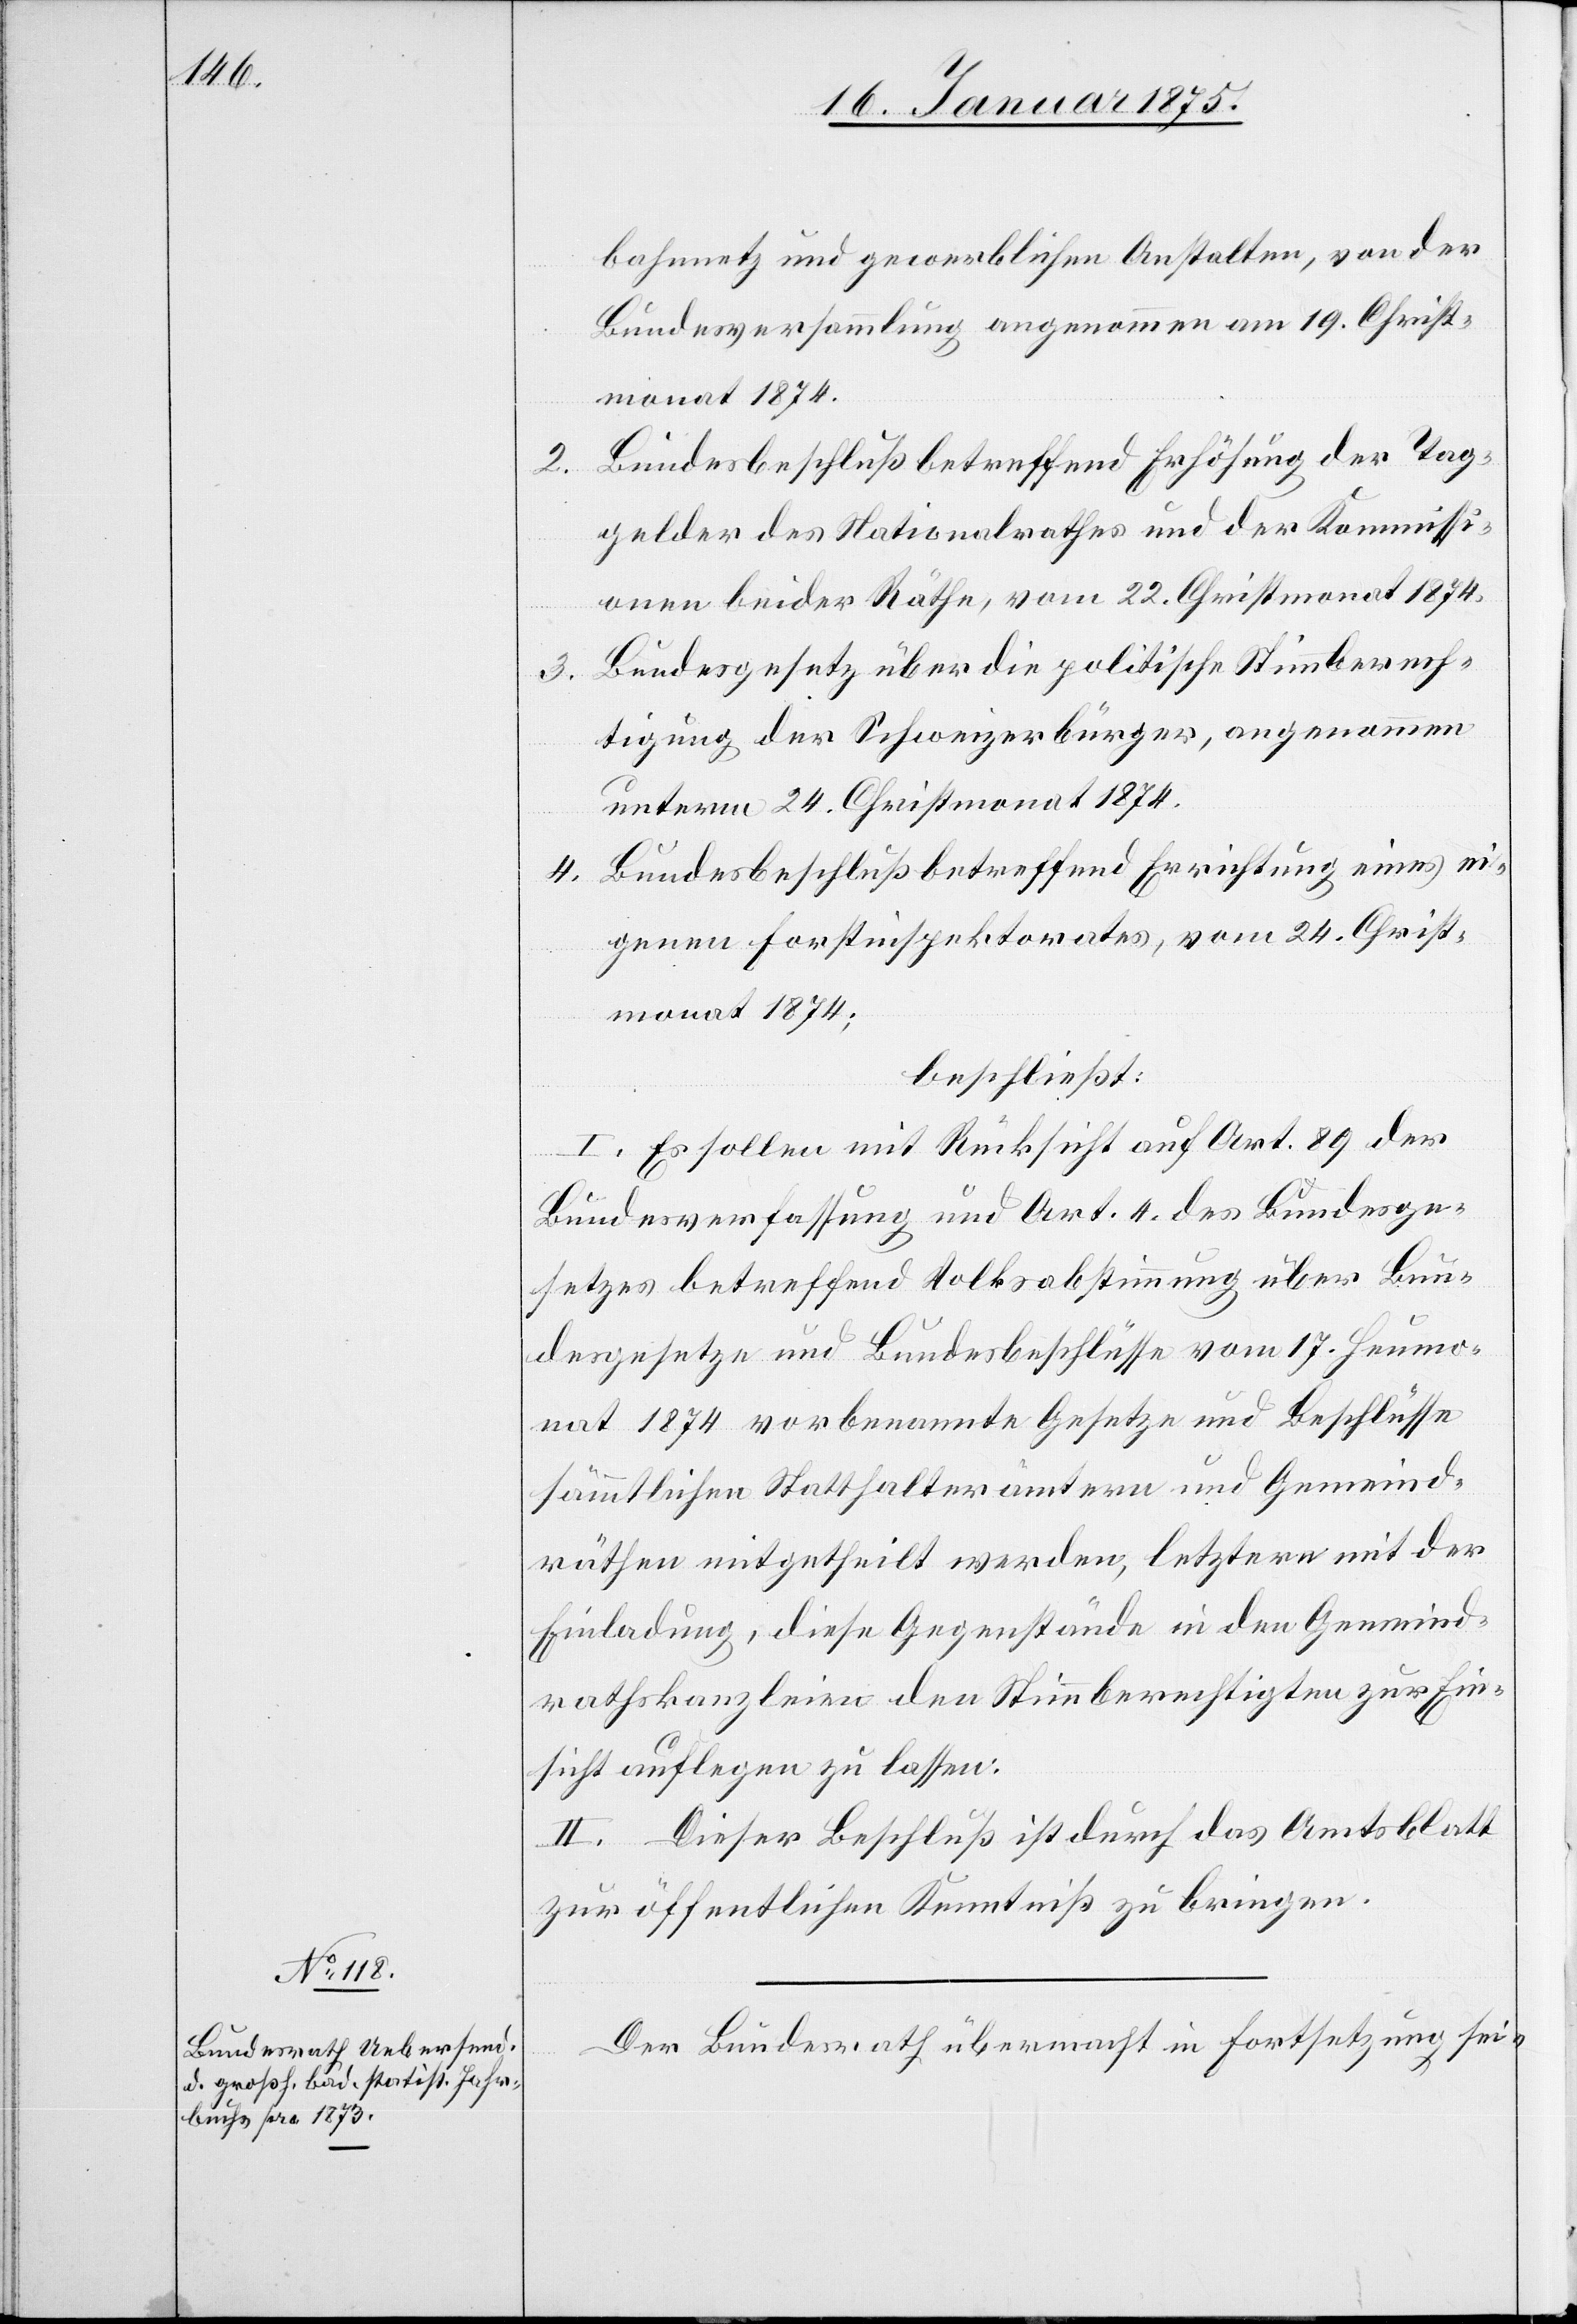
bahnnetz und gewerblichen Anstalten, von der
Bundesversammlung angenommen am 19. Christ¬
monat 1874.
2. Bundesbeschluß betreffend Erhöhung der Tag¬
gelder des Nationalrathes und der Kommissi¬
onen beider Räthe, vom 22. Christmonat 1874.
Bundesgesetz über die politische Stimmberech¬
3.
tigung der Schweizerbürger, angenommen
unterm 24. Christmonat 1874.
Bundesbeschluß betreffend Errichtung eines ei¬
4.
genen Forstinspektorates, vom 24. Christ¬
monat 1874;
beschließt:
I. Es sollen mit Rücksicht auf Art. 89 der
Bundesverfassung und Art. 4. des Bundesge¬
setzes betreffend Volksabstimmung über Bun¬
desgesetze und Bundesbeschlüsse vom 17. Heumo¬
nat 1874 vorbenannte Gesetze und Beschlüsse
sämmtlichen Statthalterämtern und Gemeind¬
räthen mitgetheilt werden, letztern mit der
Einladung, diese Gegenstände in den Gemeind¬
rathskanzleien den Stimmberechtigten zur Ein¬
sicht auflegen zu lassen.
II. Dieser Beschluß ist durch das Amtsblatt
zur öffentlichen Kenntniß zu bringen.
Der Bundesrath übermacht in Fortsetzung sei-